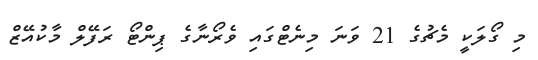
މި ގޯލަކީ މެޗުގެ 21 ވަނަ މިނެޓްގައި ވެރޯނާގެ ޕިންޓޯ ރަފޭލް މާކުއޭޒް